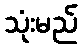
သုံးမည်